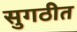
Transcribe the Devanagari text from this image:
सुगठीत